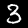
Digit: 3